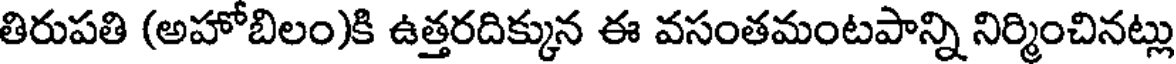
తిరుపతి (అహోబిలం)కి ఉత్తరదిక్కున ఈ వసంతమంటపాన్ని నిర్మించినట్లు